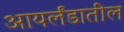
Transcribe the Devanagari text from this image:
आयर्लंडातील